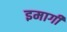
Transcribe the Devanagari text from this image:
इमागी